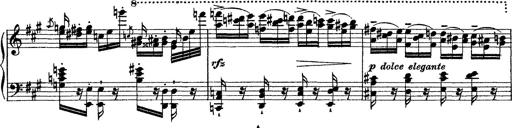
Title: Grande fantasie di bravura sur La clochette
Composer: Franz Liszt
Key: A minor